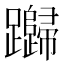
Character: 𰸸